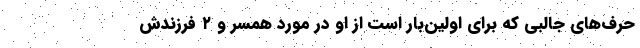
حرف‌های جالبی که برای اولین‌بار است از او در مورد همسر و ۲ فرزندش